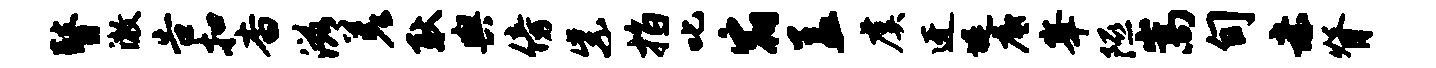
瞽澈告扣杳滋差耿舆傍紫指叱宿盖虞迓堤底峰隰嵩旬赤脊